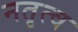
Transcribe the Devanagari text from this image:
नतृत्व